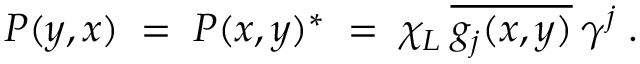
P ( y , x ) \; = \; P ( x , y ) ^ { * } \; = \; \chi _ { L } \: \overline { { { g _ { j } ( x , y ) } } } \: \gamma ^ { j } \; .